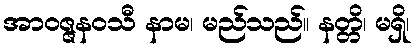
အာဝဇ္ဇနဝသီ နာမ၊ မည်သည်။ နတ္တိ၊ မရှိ၊